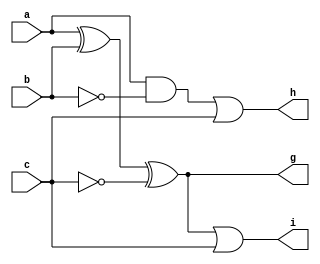
module comb(
    input a,
    input b,
    input c,

    output g,
    output h,
    output i
);

assign g = a ^ b ^ ~c;
assign h = a & ~b | c;
assign i = g | c;

endmodule